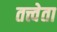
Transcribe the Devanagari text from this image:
तत्त्वेता